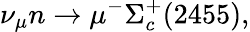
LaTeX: \nu_{\mu}n\rightarrow\mu^{-}\Sigma_{c}^{+}(2455),